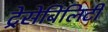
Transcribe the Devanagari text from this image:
ट्रेसेबिलिटी